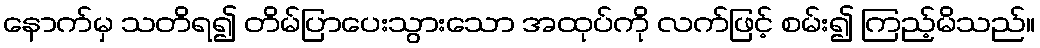
နောက်မှ သတိရ၍ တိမ်ပြာပေးသွားသော အထုပ်ကို လက်ဖြင့် စမ်း၍ ကြည့်မိသည်။